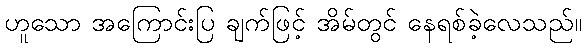
ဟူသော အကြောင်းပြ ချက်ဖြင့် အိမ်တွင် နေရစ်ခဲ့လေသည်။